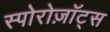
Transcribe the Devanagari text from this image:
स्पोरोज़ॉट्स